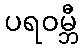
ပရဝမ္ဘီ